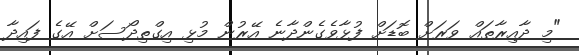
"މި ދާއިރާތައް ވަރަށް ބޮޑަށް ފުޅާވެގެންދާނެ އޭރުން މުޅި އިގްތިދޯސަށް އޭގެ ފައިދާ